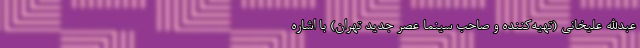
عبدالله علیخانی (تهیه‌کننده و صاحب سینما عصر جدید تهران) با اشاره